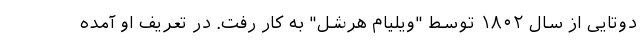
دوتایی از سال ۱۸۰۲ توسط "ویلیام هرشل" به کار رفت. در تعریف او آمده